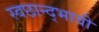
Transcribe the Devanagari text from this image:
स्वछान्द्भावी